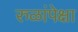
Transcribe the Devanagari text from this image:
रुळांपेक्षा